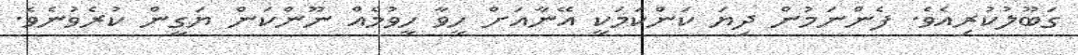
ގަބޫލުކުރިއެވެ. ފެންނަމުން ދިޔަ ކަންކަމަކީ އޭނާއަށް ހީވާ ހީވުމެއް ނޫންކަން ޔަގީން ކުރެވުނެވެ.